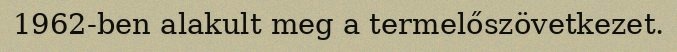
1962-ben alakult meg a termelőszövetkezet.